Statistical return of the lunatic asylum in Assam - 1912-1932
Year: 1912
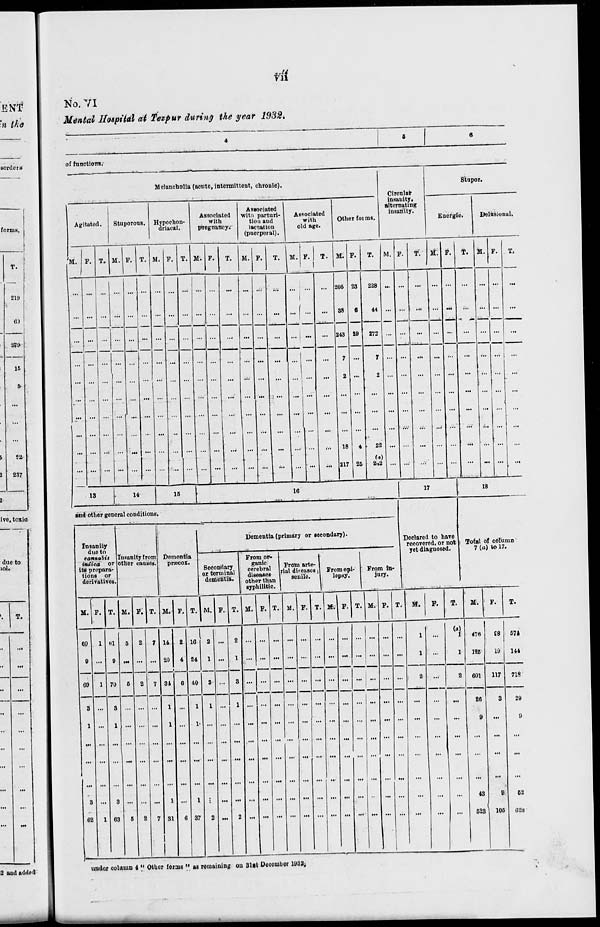
VI a
T.
219
61
279
15
237
T.
No. VI
Mental Hospital at Tezpur during the year 1932.
oi functiorra.-
Mclancholla (acute, intermittent, chronic).
Agitated.
Stuporous. Hypochon-
driacs!.
Associated
with
pregnuhcy;
Associated
with parturi-
tion .'IIHI
lactation
(puerperal).
Associated
with
old age.
Other foims.
Circulat
insanity.
alternating
insanity.
Stupor.
Energie.
Delusional.
.11.
M. P. T. M. P.
M. l\
M. P. T. M. F. T. Mi F.
205
38
23
T.
243 89
228
44
272
M.
M.
T. M.
.......
I 1.^
18
4
217 25
22
(«)
2*2 ...
T,
13
14
ul
16
17
18
aud other general conditions.
Insanity
dtie to
eannabis
indica or
its prepara-
tions or
derivatives.
Insanity from
other causes.
I
Dementia
priecox.
Dementia (primary or lecondary).
Secondary
or terminal
dementia.
From or-
J&Sffi, I From arte- .
other than l
senue ' l
10p8y "
syphilitic.
I Declared to have
I recovered, or not
yet diagnosed.
From in-
jury.
Sotal of column
7 (a) to 17.
M. P. T. M. F. T. M. F. T. M. F.
60 | 1
9
69
3
1
til | 5
70
3
11 ...
10
U
31
•10
1
31 I 6
M.I F.
M.
T. M. F.
M. F.
M. F. T. M.
T.
(a)
1
476
125
601
£8
19
117
674
144
26
9
718
29
9
43
B
523 1 105
62
028
under column i M Other forms » as remaining on Slit Deoombec 1082.